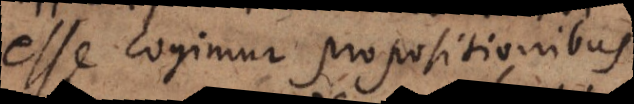
esse cogimur propositionibu